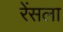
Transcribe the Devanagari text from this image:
रेंसला